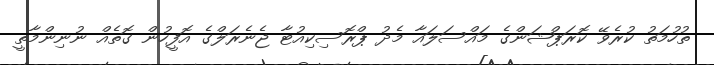
ތުހުމަތު ކުރެވޭ ކޮރަޕްޝަންގެ މައްސަލައާ މެދު ޕްރޮސިކިއުޓާ ޖެނެރަލްގެ އޮފީހުން ގޮތެއް ނުނިންމާތީ